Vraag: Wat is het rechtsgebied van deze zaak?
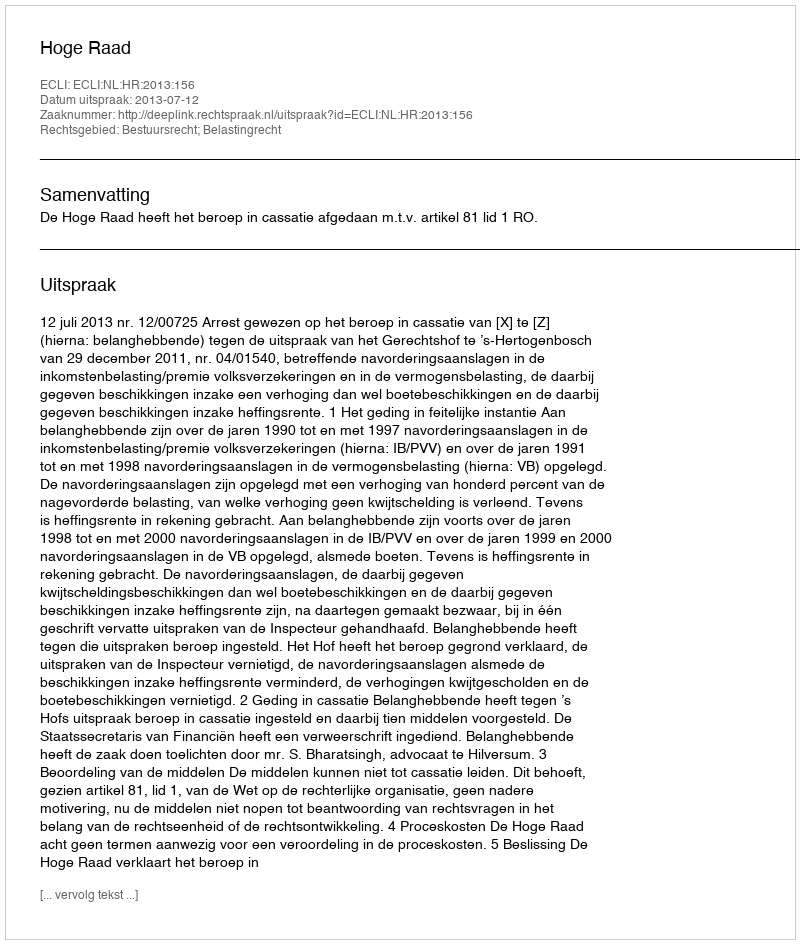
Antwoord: Bestuursrecht; Belastingrecht